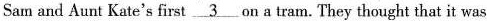
Sam and Aunt Kate's first \underline{3} on a tram. They thought that it was